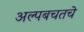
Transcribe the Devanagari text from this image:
अल्पबचतचे